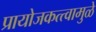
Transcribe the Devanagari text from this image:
प्रायोजकत्त्वामुळे